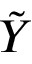
\tilde { Y }